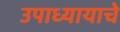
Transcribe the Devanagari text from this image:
उपाध्यायाचे